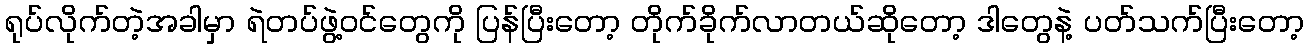
ရုပ်လိုက်တဲ့အခါမှာ ရဲတပ်ဖွဲ့ဝင်တွေကို ပြန်ပြီးတော့ တိုက်ခိုက်လာတယ်ဆိုတော့ ဒါတွေနဲ့ ပတ်သက်ပြီးတော့